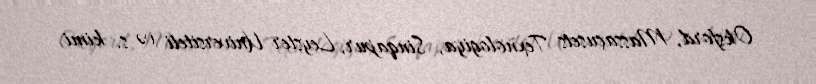
Oksford, Massaçusets Texnologiya, Sinqapur, Leyster Universiteti və s. kimi